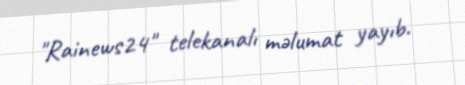
"Rainews24" telekanalı məlumat yayıb.